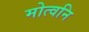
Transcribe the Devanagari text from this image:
मोत्वनि